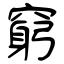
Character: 窮